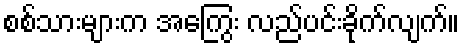
စစ်သားများက အကြွေး လည်ပင်းခိုက်လျက်။